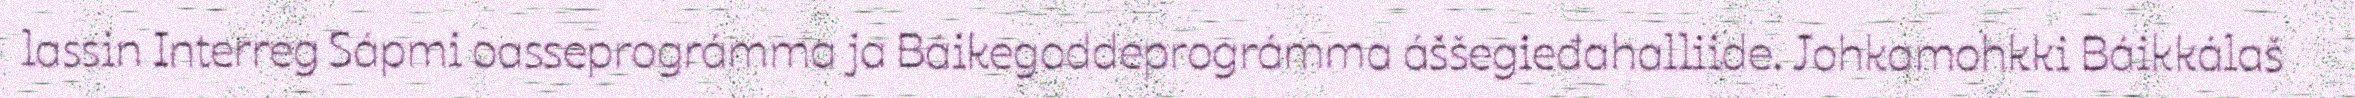
lassin Interreg Sápmi oasseprográmma ja Báikegoddeprográmma áššegieđahalliide. Johkamohkki Báikkálaš